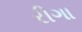
રીગા